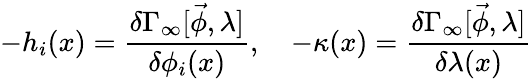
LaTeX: -h_{i}(x)=\frac{\delta\Gamma_{\infty}[\vec{\phi},\lambda]}{\delta\phi_{i}(x)},\quad-\kappa(x)=\frac{\delta\Gamma_{\infty}[\vec{\phi},\lambda]}{\delta\lambda(x)}